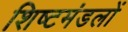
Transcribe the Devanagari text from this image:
शिष्‍टमंडलों